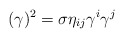
\begin{align*}(\gamma)^2=\sigma \eta _{ij}\gamma ^i \gamma ^j\end{align*}